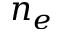
n _ { e }